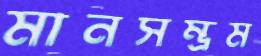
মানসম্ভ্রম